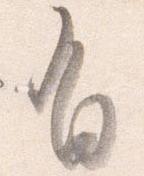
有